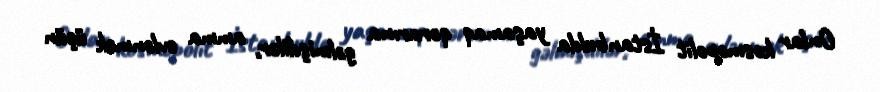
Onlar kosmopolit İstanbulda yaşamaq qərarına gəlmişdilər, amma evlənmək üçün